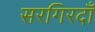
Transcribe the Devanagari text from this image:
सरगिरदाँ